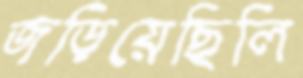
জড়িয়েছিলি